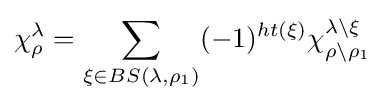
\chi _{\rho }^{\lambda }=\sum _{\xi \in BS(\lambda ,\rho _{1})}(-1)^{ht(\xi )}\chi _{\rho \backslash \rho _{1}}^{\lambda \backslash \xi }